Calcutta medical institutions reports 1871-78
Year: 1871
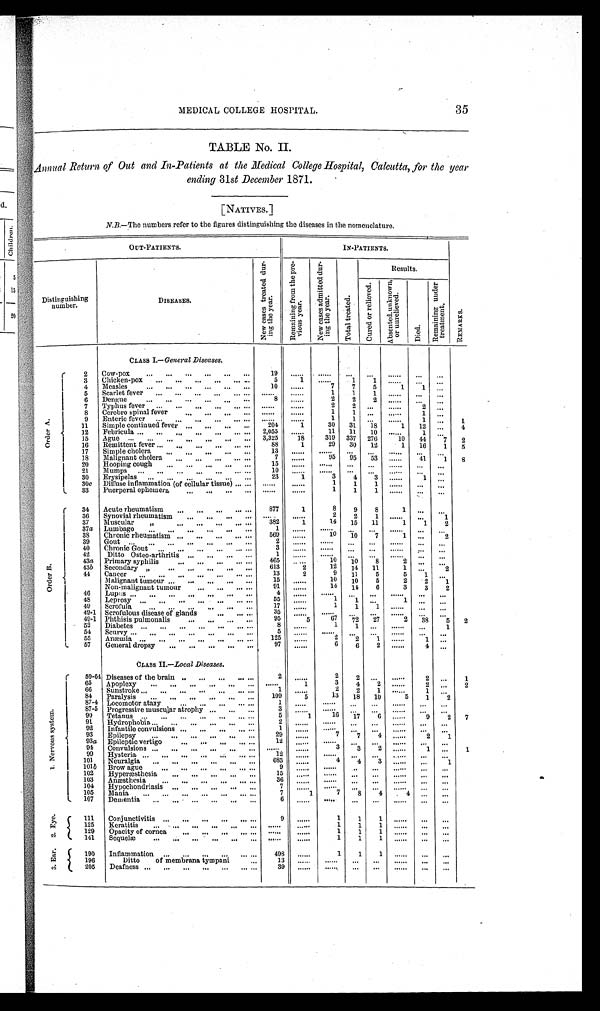
35
MEDICAL COLLEGE HOSPITAL.
TABLE No. II.
Annual Return of Out and In-Patients at the Medical College Hospital, Calcutta, for the year
ending 31st December 1871.
[NATIVES.]
N.B.—The numbers refer to the figures distinguishing the diseases in the nomenclature.
OUT-PATIENTS.
IN-PATIENTS.
R E M A R K S .
Distinguishing
number.
DISEASES.
N e w c a s e s t r e a t e d d u r i n g t h e y e a r .
R e m a i n i n g f r o m t h e p r e v i o u s y e a r .
N e w c a s e s a d m i t t e d d u r i n g t h e y e a r .
T o t a l t r e a t e d .
Results.
C u r e d o r r e l i e v e d .
A b s e n t e d u n k n o w n , o r u n r e l i e v e d .
D i e d .
R e m a i n i n g u n d e r t r e a t m e n t .
CLASS I .—General Diseases.
O r d e r A .
2
Cow-pox
. . . ...
...
. . .
. . .
. . . 19
. . . . . .
. . . . . . ...
. . .
......
. . .
. . .
3
Chicken-pox
. . .
. . .
. . .
. . .
. . .
. . .
5
1
......
1
1
......
. . .
. . .
4
Measles
. . . ...
...
. . .
. . .
. . .
1 0
. . . . . .
7
7
5
1
1
...
5
Scarlet fever
...
...
...
...
. . . . . .
. . . . . .
. . . . . .
1
1
1
. . . . . .
. . .
. . .
6
Dengue
. . . ...
...
. . .
. . .
. . .
8
......
2
2
2
. .
... .
...
. .
.
7
Typhus fever ...
...
...
...
. . . ...
. . . . . .
. . . . . .
2
2
. . .
. . . . . .
2
. . .
8
Cerebro spinal fever
...
. . .
. . .
. . .
. . . . . .
. . . . . .
1
1
...
......
1
...
9
Enteric fever ...
...
...
...
... ...
. . . . . .
. . . . . .
1
1
. . .
......
1
. . .
1
11
Simple continued fever ...
. . . ...
...
204
1
30
31
18
1
12
...
4
12
Febricula ...
...
...
...
...
. . .
...
2,055
......
11
11
10
......
1
...
15 Ague ...
... ...
...
. . .
. . .
. . . 3,325
18
319
337
276
10
44
7
2
16
Remittent fever ...
...
...
. . .
. . .
...
88
1
29
30
12
1
16
1
5
17
Simple cholera
...
...
...
. . . ...
13
. . . . . .
. . . . . . ...
. . .
......
. . .
. . .
18
Malignant cholera
...
...
. . .
. . . ...
7
......
95
95
53
......
41
1
8
20
Hooping cough
...
...
...
. . . ...
15
. . . . . . ......
...
...
......
...
...
2 1 Mumps
. . .
. . .
. . .
. . .
. . .
. . .
. . .
10
. . . . . .
. . . . . . ...
. . .
......
. . .
. . .
30
Erysipelas ...
...
...
...
...
...
23
1
3
4
3
......
1
. . .
30c
D i f f u s e i n f l a m m a t i o n
( o fc
e l l u l a r t i s s u e )
... ...
. . . . . .
. . . . . .
1
1
1
......
. . .
. . .
33
Puerperal ephemera
...
. . .
. . .
. . .
. . . . . .
. . . . . .
1
1
1
. . . . . .
. . .
. . .
O r d e r B .
34
Acute rheumatism
... ...
. . .
. . . ...
877
1
8
9
8
1
. . .
. . .
36
Synovial rheumatism
...
...
...
. . .
. . . . . .
......
2
2
1
. . . . . .
. . .
1
37
Muscular
„
. . .
. . .
. . .
. . .
. . . 382
1
14
15
11
1
1
2
37a Lumbago
...
...
...
...
...
...
1
......
. . . . . . ...
...
......
...
. . .
38
Chronic rheumatism
. . . ...
...
...
. . .
569
......
10
10
7
1
. . .
2
39
Gout
. . .
. . . ...
...
. . .
. . .
. . .
2
...... . . . . . . ...
...
......
...
...
40
Chronic Gout
. . .
. . .
...
...
. . . . . .
3
......
. . . . . . ...
...
......
. . .
. . .
42
Ditto Osteo-arthritis ...
...
...
. . .
1
......
. . . . . . ...
. . . ......
. . .
...
43a Primary syphilis
. . .
. . .
. . .
. . .
. . . 465
......
10
10
8
2
. . .
...
43b Secondary „
...
...
. . .
. . .
. . . 613
2
12
14
11
1
...
2
44
Cancer
. . .
...
. . .
. . .
. . .
. . . . . .
13
2
9
11
5
5
1
. . .
Malignant tumour ...
...
. . .
...
...
15
......
10
10
5
2
2
1
Non-malignant tumour
. . .
. . .
. . .
. . .
91
......
14
14
6
3
3
2
46
Lupus . . .
...
...
...
. . .
...
...
4
......
. . . . . . ...
...
......
...
...
48
Leprosy ...
...
...
...
...
... ...
55
......
1
1
. . .
1
...
...
49
Scrofula
. . . ...
...
. . .
. . .
. . .
17
......
1
1
1
......
. . .
. . .
4 9 - 1
Scrofulous disease of glands
. . .
. . .
. . .
35
......
. . . . . ....
...
......
...
. . .
49-1 Phthisis pulmonalis
...
. . .
. . .
. . .
95
5
6 7
72
27
2
38
5
2
52
Diabetes ...
. . .
...
...
...
... . . .
8
......
1
1
. . .
......
. . .
1
54
Scurvy ...
...
...
...
...
...
. . .
5
......
. . . . . . ...
...
......
...
...
55
Anæmia
. . .
. . .
. . .
. . .
. . .
. . .
. . . 125
......
2
2
1
......
1
...
57
General dropsy
...
...
...
...
...
97
......
6
6
2
......
4
. . .
CLASS II. —Local Diseases.
1 . N e r v o u s s y s t e m .
59-64 Diseases of the brain ..
...
...
. . .
. . .
2
......
2
2
...
......
2
...
1
65
Ap oplexy
...
...
...
...
...
. . .
......
1
3
4
2
. . . . . .
2
...
2
66
Sunstroke
...
. . .
...
...
...
... ...
1
......
2
2
1
. . . . . .
1
. . .
84
Paralysis
...
...
...
. . .
...
. . .
109
5
13
18
1 0
5
1
2
87-4 Locomotor ataxy
. . .
. . .
. . .
. . .
. . .
1
. . . . . . ......
...
...
......
...
. . .
87-5 Progressive muscular atrophy ...
...
...
3
. . . . . .
.
. . . . .
...
...
......
...
...
90
Tetanus
. . . ...
...
. . .
. . .
. . .
5
1
16
17
6
......
9
2
7
91
Hydrophobia
. . .
. . .
. . .
. . .
. . . ...
2
. . . . . .
. . . . . .
...
...
......
. . .
...
92
Infantile convulsions ...
...
...
... . . .
1
. . . . . .
......
...
...
......
...
...
93
Epilepsy
. . . ...
...
...
. . .
. . .
29
......
7
7
4
......
2
1
93a Epileptic vertigo
. . .
. . .
. . .
. . .
. . .
12
. . . . . .
......
...
...
......
...
...
94
Convulsions
...
...
...
...
...
... ......
. . . . . .
3
3
2
......
1
...
1
99
Hysteria
...
. . .
. . .
. . .
. . .
. . .
. . .
12
. . . . . .
......
...
...
......
. . .
...
101
Neuralgia
...
...
...
. . .
. . .
. . .
683
......
4
4
3
......
. . .
1
101b Brow ague
. . .
. . .
. . .
. . .
. . .
. . .
9
. . . . . .
......
...
. . .
......
. . .
. . .
102
Hyperæsthesia ...
...
. . .
. . .
. . .
15
. . . . . .
......
. . .
. . .
......
...
...
103
Anæsthesia
. . .
. . .
. . .
. . .
. . .
. . .
36
. . . . . .
......
...
...
......
...
...
1 0 4
Hypochondriasis ...
...
...
...
...
7
. . . . . .
......
...
...
......
...
...
105
Mania
...
. . .
. . .
. . .
. . .
. . .
. . .
7
1
7
8
4
4
. . .
...
107
Dementia
...
...
...
. . .
. . .
. . .
6
. . . . . .
......
...
...
......
...
. . .
2 . E y e .
111
Conjunctivitis
...
. . .
. . .
. . .
. . .
...
9
......
1
1
1
......
. . .
. . .
125
Keratitis
...
...
...
. . .
. . .
...
. . . . . .
. . . . . .
1
1
1
......
...
. . .
129
Opacity of cornea
. . .
. . .
. . .
. . .
...
. . . . . .
. . . . . .
1
1
1
......
. . .
. . .
141
Sequelæ
...
...
...
. . .
. . .
. . .
. . . . . .
. . . . . .
1
1
1
......
. . .
. . .
3 . E a r .
190
Inflammation
. . .
. . .
. . .
. . .
. . .
. . .
498
......
1
1
1
. . . . . . ...
...
196
Ditto
of membrana tympani
...
13
. . . . . .
. . . . . . ...
...
......
...
...
205
Deafness ...
...
...
...
...
. . .
39
. . . . . .
. . . . . .
...
. . .
......
. . .
...